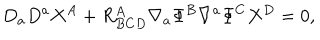
LaTeX: D _ { a } D ^ { a } X ^ { A } + R _ { B C D } ^ { A } \nabla _ { a } \Phi ^ { B } \nabla ^ { a } \Phi ^ { C } X ^ { D } = 0 ,